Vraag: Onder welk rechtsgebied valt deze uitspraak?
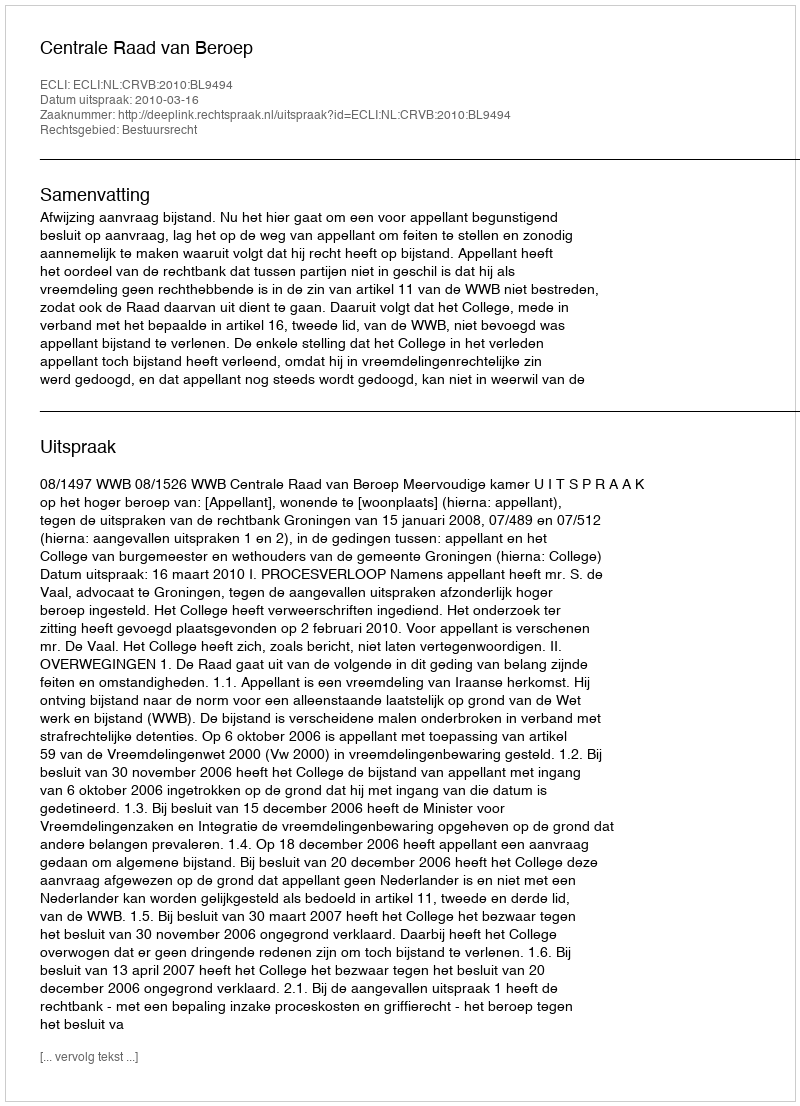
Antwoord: Bestuursrecht